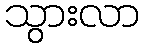
သွားလာ